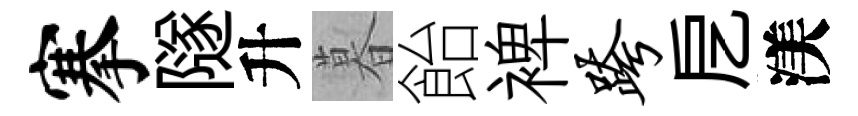
搴隧升暮飴裨跨戹渼